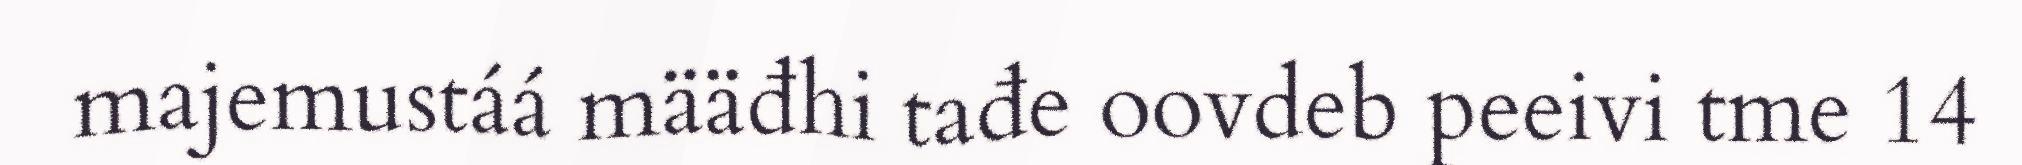
majemustáá määđhi tađe oovdeb peeivi tme 14